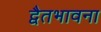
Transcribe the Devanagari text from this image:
द्वैतभावना